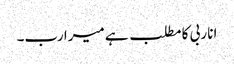
انا ربی کا مطلب ہے میرا رب۔